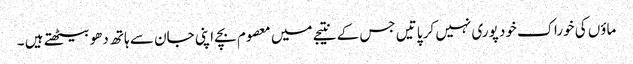
ماؤں کی خوراک خود پوری نہیں کر پاتیں جس کے نتیجے میں معصوم بچے اپنی جان سے ہاتھ دھو بیٹھتے ہیں ۔